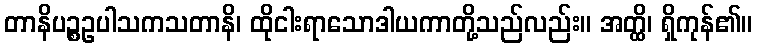
တာနိပဉ္စဥပါသကသတာနိ၊ ထိုငါးရာသောဒါယကာတို့သည်လည်း။ အတ္ထိ၊ ရှိကုန်၏။